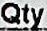
QTY